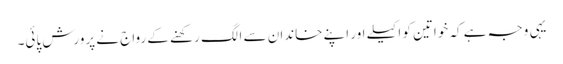
یہی وجہ ہے کہ خواتین کو اکیلے اور اپنے خاندان سے الگ رکھنے کے رواج نے پرورش پائی۔